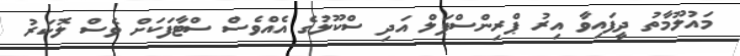
މައުލޫމާތު ދީފައިވާ އިރު ޕްރިންސްޕަލް އަދި ސްކޫލުގެ އެއްވެސް ސްޓާފަކަށް ވެސް ލޮކަރު